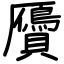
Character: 贗